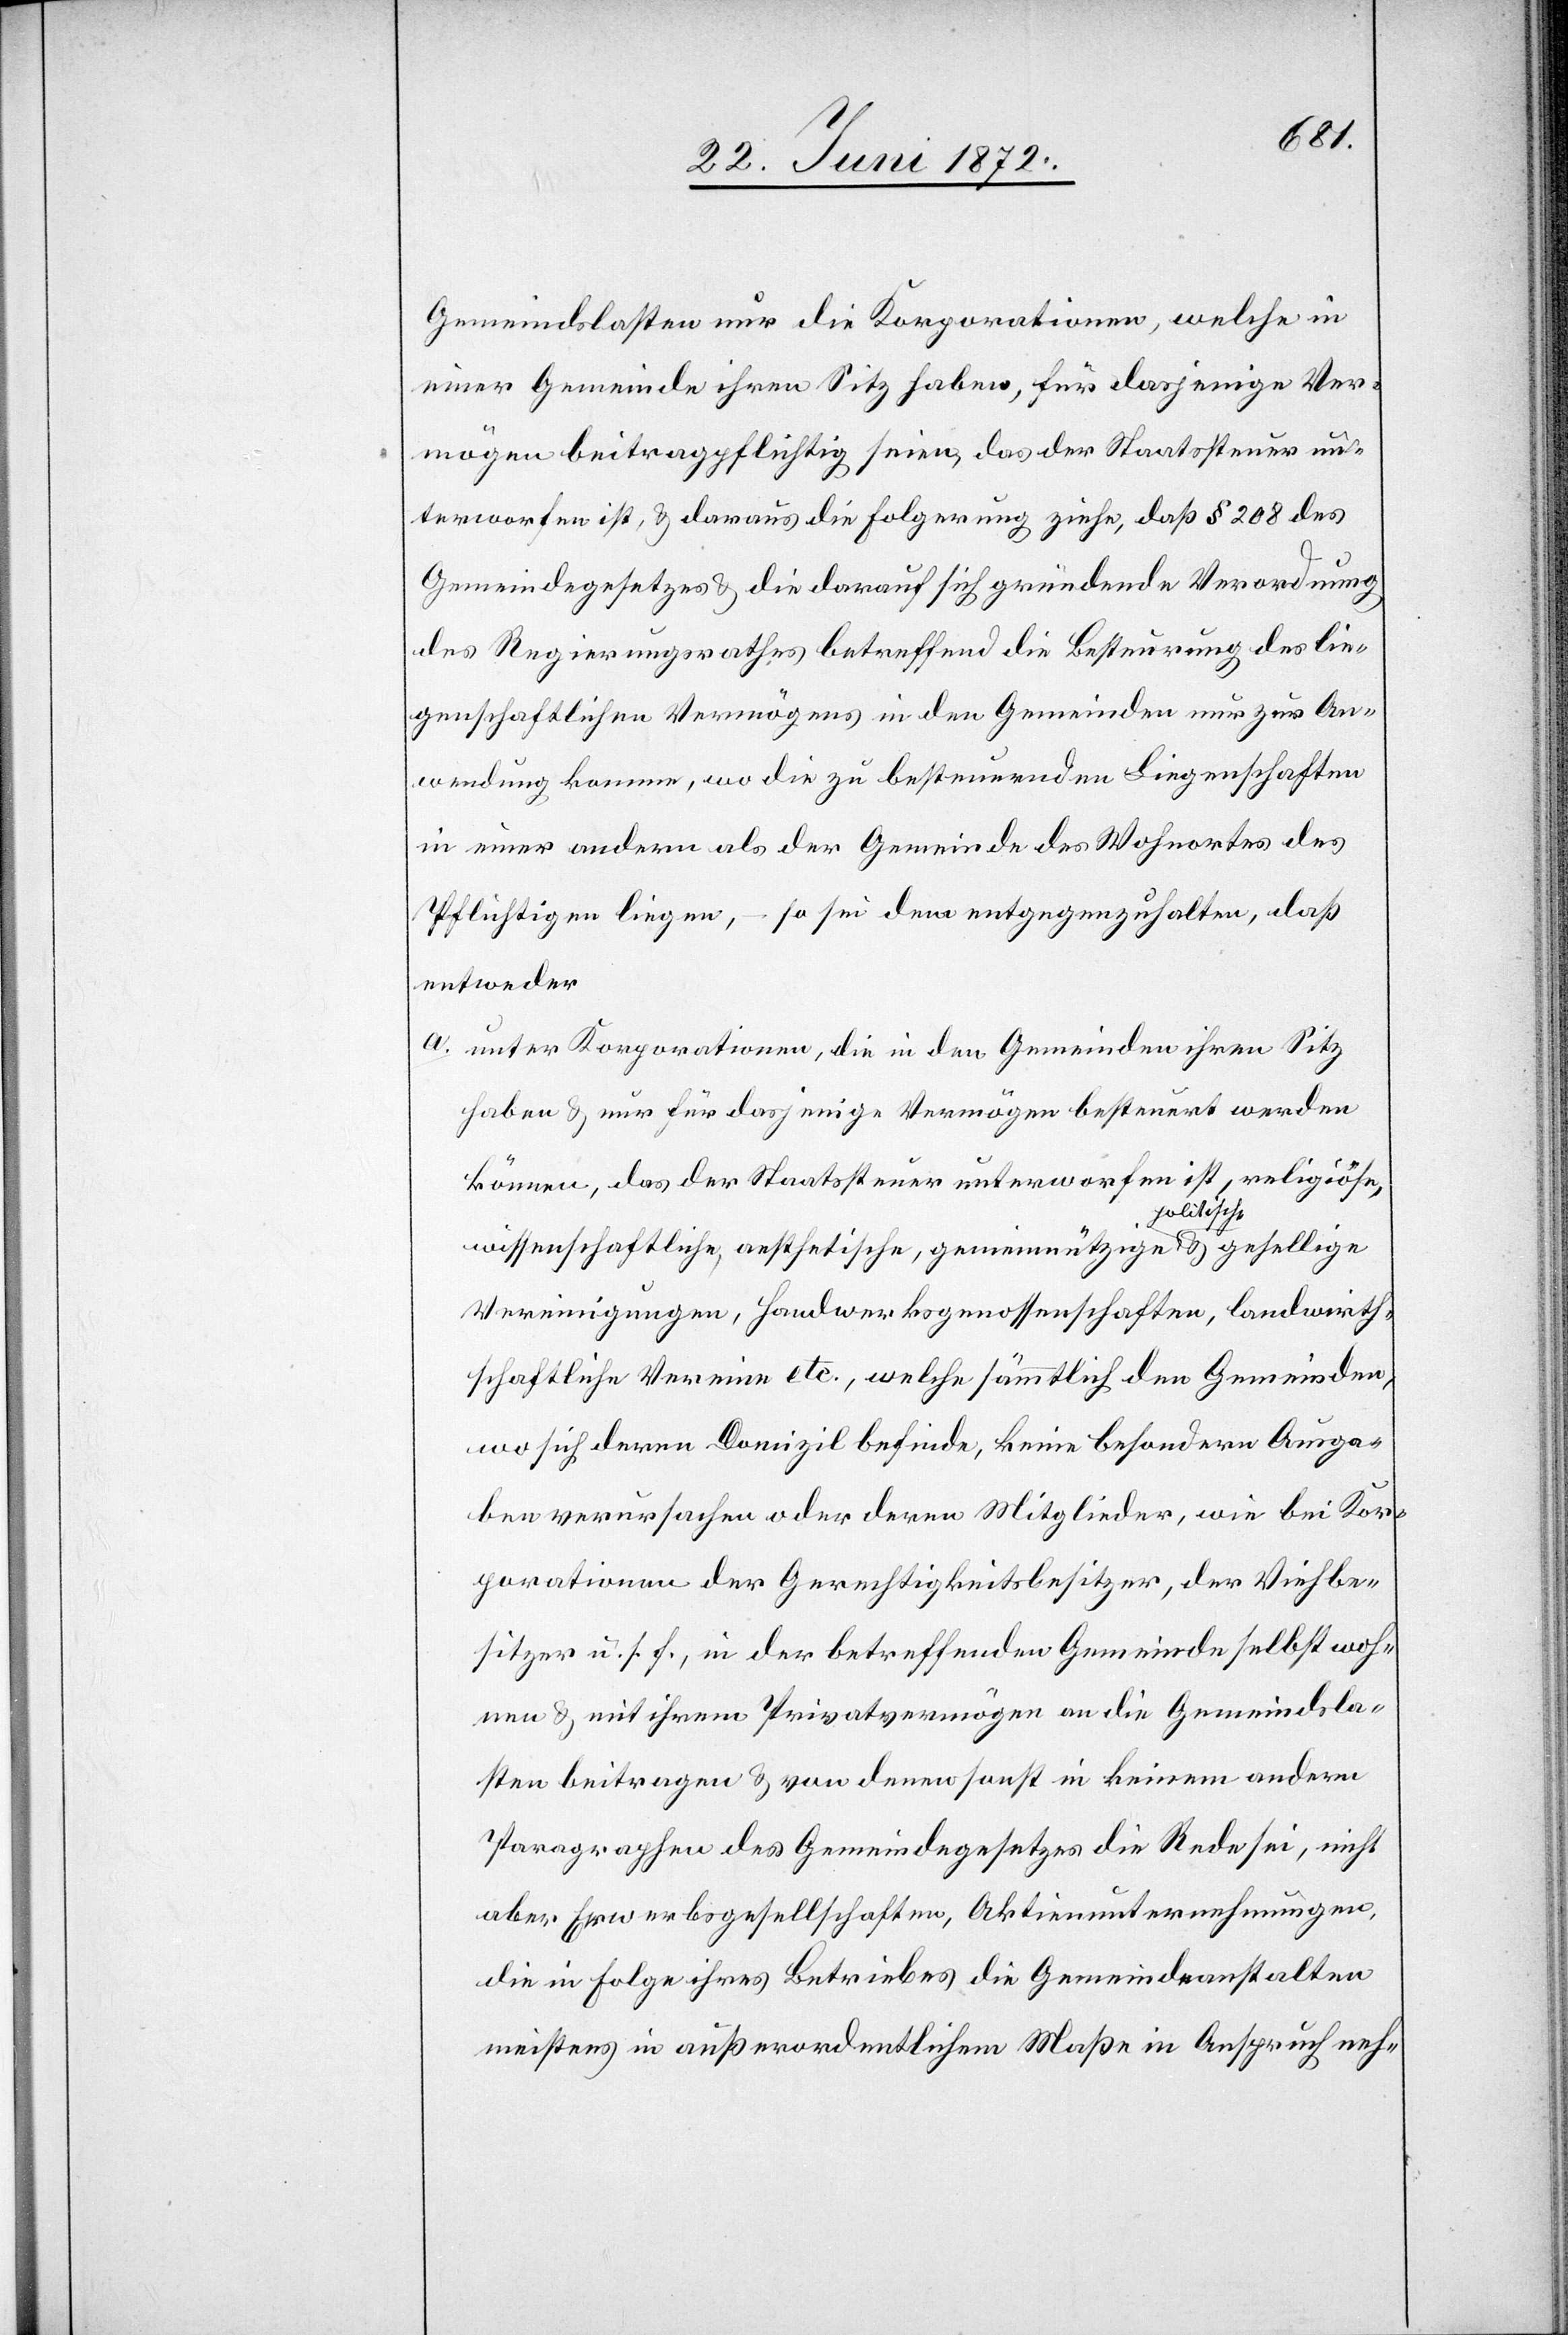
Gemeindslasten nur die Korporationen, welche in
einer Gemeinde ihren Sitz haben, für dasjenige Ver¬
mögen beitragpflichtig seien, das der Staatssteuer un¬
terworfen ist, u. daraus die Folgerung ziehe, daß § 208 des
Gemeindegesetzes u. die darauf sich gründende Verordnung
des Regierungsrathes betreffend die Besteurung des lie¬
genschaftlichen Vermögens in den Gemeinden nur zur An¬
wendung komme, wo die zu besteuernden Liegenschaften
in einer andern als der Gemeinde des Wohnortes des
Pflichtigen liegen, – so sei dem entgegenzuhalten, daß
entweder
a. unter Korporationen, die in den Gemeinden ihren Sitz
haben u. nur für dasjenige Vermögen besteuert werden
können, das der Staatssteuer unterworfen ist, religiöse,
wissenschaftliche, aesthetische, gemeinnützige, politische u. gesellige
Vereinigungen, Hanwerksgenossenschaften, landwirth¬
schaftliche Vereine etc., welche sämmtlich den Gemeinden,
wo sich deren Domizil befinde, keine besondern Ausga¬
ben verursachen oder deren Mitglieder, wie bei Kor¬
porationen der Gerechtigkeitsbesitzer, der Viehbe¬
sitzer u. s. f., in der betreffenden Gemeinde selbst woh¬
nen u. mit ihrem Privatvermögen an die Gemeindsla¬
sten beitragen u. von denen sonst in keinem anderm
Paragraphen des Gemeindegesetzes die Rede sei, nicht
aber Erwerbsgesellschaften, Aktienunternehmungen,
die in Folge ihres Betriebes die Gemeindeanstalten
meistens in außerordentlichem Maße in Anspruch neh-